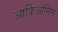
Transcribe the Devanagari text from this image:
आर्किऑर्निस